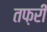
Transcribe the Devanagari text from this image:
तफ़री